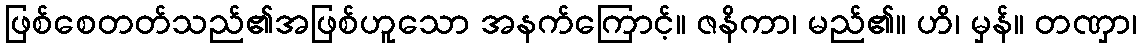
ဖြစ်စေတတ်သည်၏အဖြစ်ဟူသော အနက်ကြောင့်။ ဇနိကာ၊ မည်၏။ ဟိ၊ မှန်။ တဏှာ၊